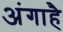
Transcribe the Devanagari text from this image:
अंगाहै